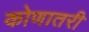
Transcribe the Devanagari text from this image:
कोणातरी